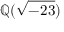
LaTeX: \mathbb { Q } ( { \sqrt { - 2 3 } } )